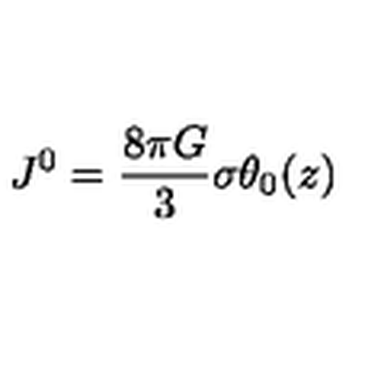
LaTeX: J ^ { 0 } = \frac { 8 { \pi } G } { 3 } { \sigma } { \theta } _ { 0 } ( z )